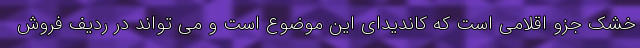
خشک جزو اقلامی است که کاندیدای این موضوع است و می تواند در ردیف فروش